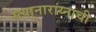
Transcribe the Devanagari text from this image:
स्त्यानाराय्नाची